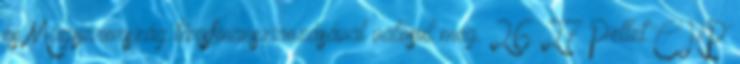
és Magyarország társfinanszírozásával valósul meg. 26 27 Pellet CHP